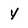
Character: Y